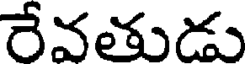
రేవతుడు